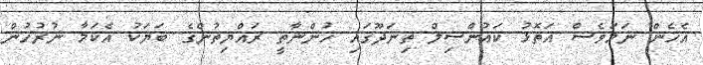
އެހެން ނަމަވެސް އަތޮޅު ކައުންސިލް ތިނަދޫގައި ހުންނާތީ ރައްޔިތުންގެ ބަޔަކު އެކަމާ ނުރުހުން